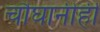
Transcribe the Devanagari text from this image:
चौघांनीही